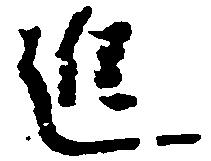
進